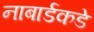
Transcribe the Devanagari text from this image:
नाबार्डकडे